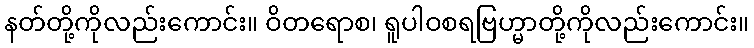
နတ်တို့ကိုလည်းကောင်း။ ဝိတရောစ၊ ရူပါဝစရဗြဟ္မာတို့ကိုလည်းကောင်း။